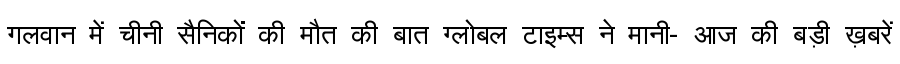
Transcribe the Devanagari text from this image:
गलवान में चीनी सैनिकों की मौत की बात ग्लोबल टाइम्स ने मानी- आज की बड़ी ख़बरें